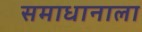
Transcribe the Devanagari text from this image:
समाधानाला